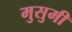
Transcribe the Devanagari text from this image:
मुसुमी